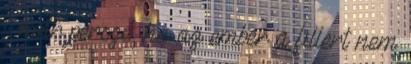
– már persze, ha az ember a fillert nem